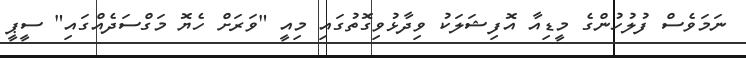
ނަމަވެސް ފުލުހުންގެ މީޑިއާ އޮފިޝަލަކު ވިދާޅުވިގޮތުގައި މިއީ "ވަރަށް ހެޔޮ މަގްސަދެއްގައި" ސީޕީ